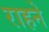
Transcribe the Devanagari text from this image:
राहने